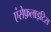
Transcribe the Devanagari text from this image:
एंसेफ़लाइटिस